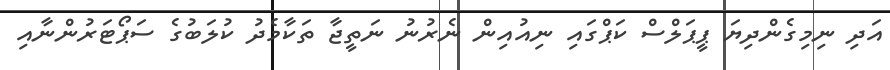
އަދި ނިމިގެންދިޔަ ޕީޕަލްސް ކަޕްގައި ނިއުއިން ނެރުނު ނަތީޖާ ތަކާމެދު ކުލަބުގެ ސަޕޯޓަރުންނާއި